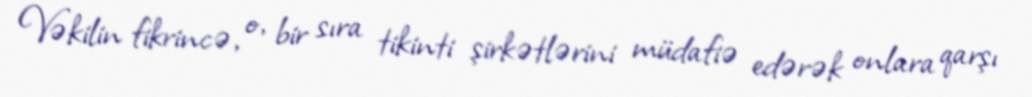
Vəkilin fikrincə, o, bir sıra tikinti şirkətlərini müdafiə edərək onlara qarşı